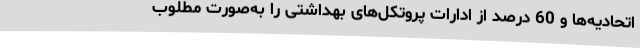
اتحادیه‌ها و 60 درصد از ادارات پروتکل‌های بهداشتی را به‌صورت مطلوب